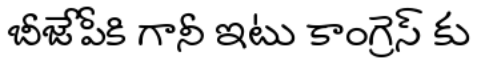
బీజేపీకి గానీ ఇటు కాంగ్రెస్ కు